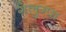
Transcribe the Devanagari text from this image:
गेलुग्पा